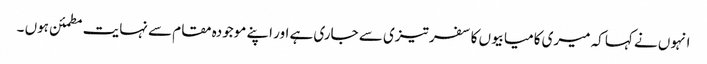
انہوں نے کہا کہ میری کامیابیوں کا سفر تیزی سے جاری ہے اور اپنے موجودہ مقام سے نہایت مطمئن ہوں ۔